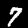
Label: 7